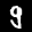
Label: 9